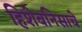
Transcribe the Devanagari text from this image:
हिशेबनिसाचे